Annual report of the Punjab Veterinary College and of the Civil Veterinary Department, Punjab - 1909-1919
Year: 1909
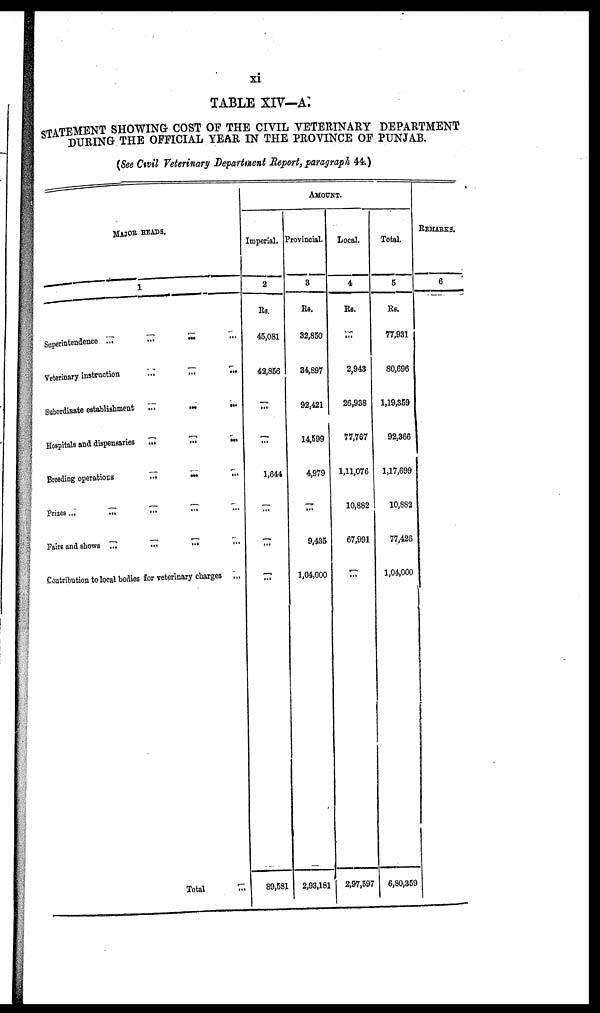
xi
TABLE XIV—A.
STATEMENT SHOWING COST OF THE CIVIL VETERINARY DEPARTMENT
DURING THE OFFICIAL YEAR IN THE PROVINCE OF PUNJAB.
(See Civil Veterinary Department Report, paragraph 44.)
MAJOR HEADS.
Superintendence ... ... ... ... ... ...
Veterinary instruction ... ... ...
Subordinate establishment
... ... ... ... ...
Hospitals and dispensaries ... ... ... ...
Breeding operations ... ... ... ... ...
Prizes ...
... ... ... ... ...
Fairs and shows
...
...
...
...
...
Contribution to local bodies for veterinary charges ... ... ... ... ...
Total
...
AMOUNT.
Imperial.
2
Rs.
45,081
42,856
...
77
1,644
...
...
89,581
Provincial.
3
Rs.
32,850
34,897
92,421
14,599
4,979
...
9,435
1,04,000
2,93,181
Local.
4
Rs.
...
2,943
26,938
77,767
1,11,076
10,882
67,991
...
2,97,597
Total.
5
Rs.
77,931
80,696
1,19,359
92,366
1,17,699
10,882
77,426
1,04,000
6,80,359
REMARKS.
6